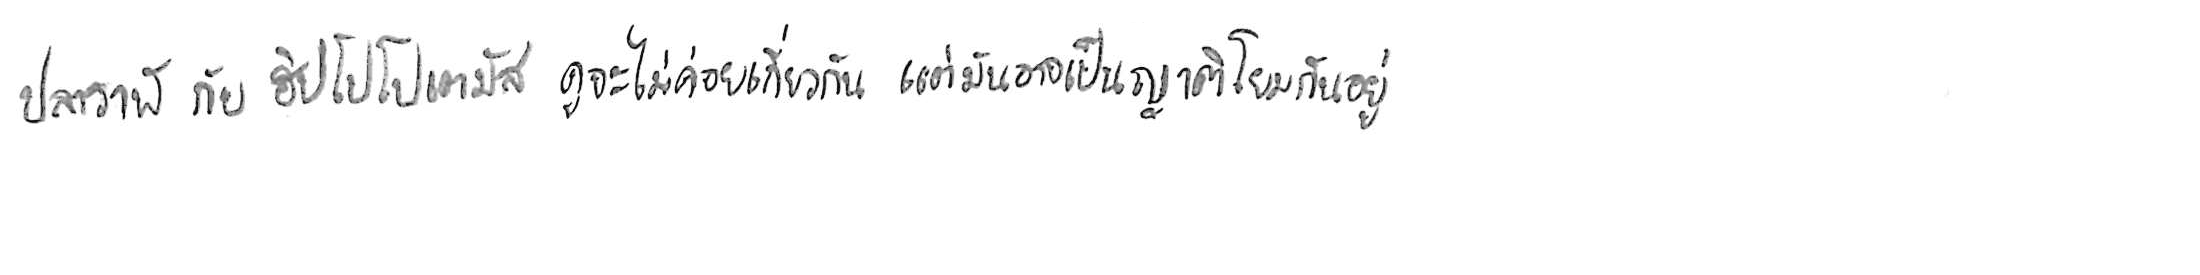
ปลาวาฬ กับ ฮิปโปโปเตมัส ดูจะไม่ค่อยเกี่ยวกัน แต่มันอาจเป็นญาติโยมกันอยู่